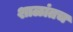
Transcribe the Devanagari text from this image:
शाळांतच